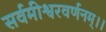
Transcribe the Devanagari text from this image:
सर्वमीश्वरवर्णनम्।।